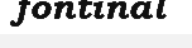
fontinal